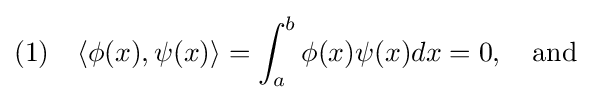
(1)\quad \langle \phi (x),\psi (x)\rangle =\int _{a}^{b}\phi (x)\psi (x)dx=0,\quad {\rm {and}}